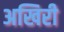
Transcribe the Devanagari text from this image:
अखिरी